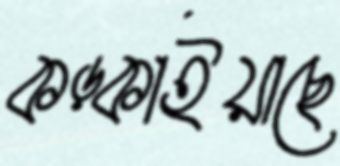
কড়্‌কাইয়াছে